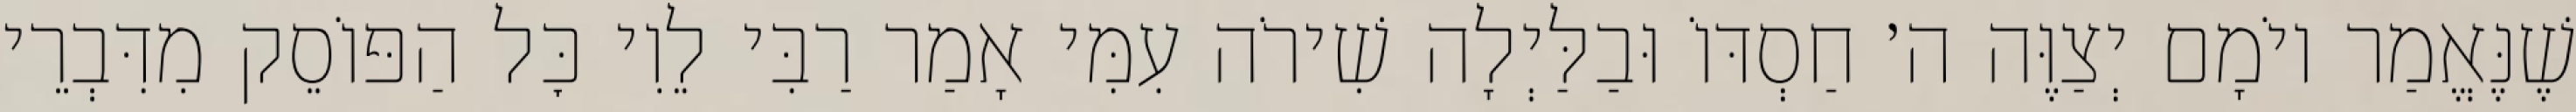
שֶׁנֶּאֱמַר יוֹמָם יְצַוֶּה ה׳ חַסְדּוֹ וּבַלַּיְלָה שִׁירֹה עִמִּי אָמַר רַבִּי לֵוִי כׇּל הַפּוֹסֵק מִדִּבְרֵי